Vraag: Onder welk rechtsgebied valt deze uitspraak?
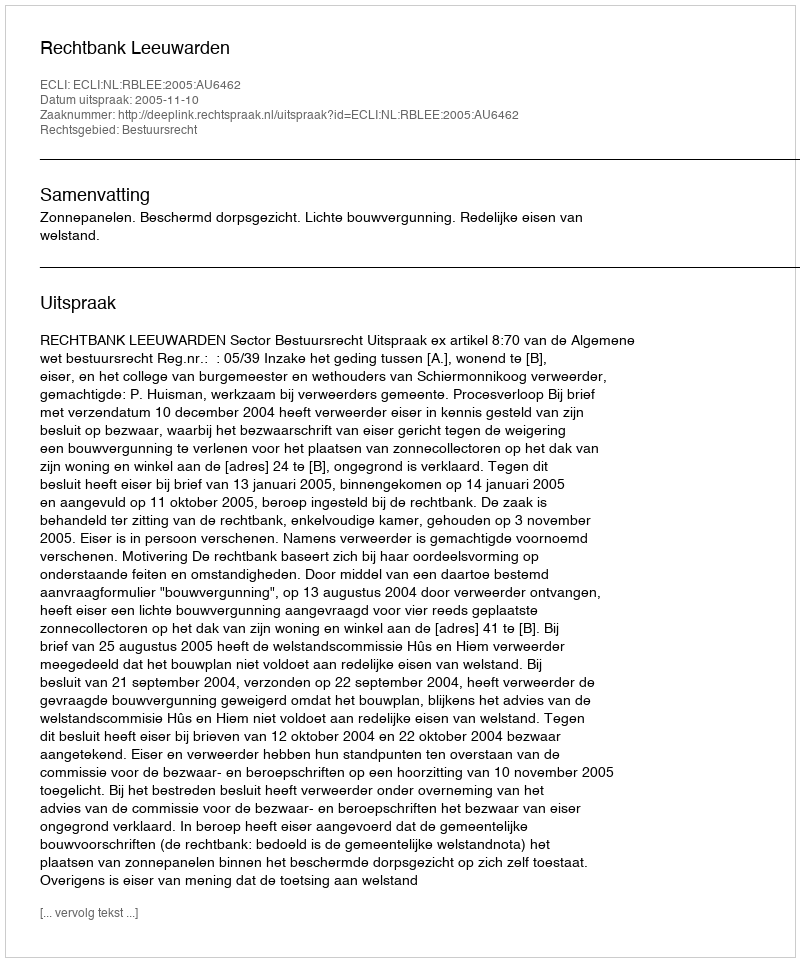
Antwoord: Bestuursrecht